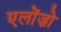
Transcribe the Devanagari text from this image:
एलोंज़ो